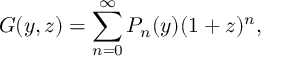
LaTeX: G ( y , z ) = \sum _ { n = 0 } ^ { \infty } P _ { n } ( y ) ( 1 + z ) ^ { n } ,